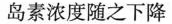
岛素浓度随之下降